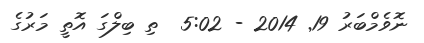
ނޮވެމްބަރު 19